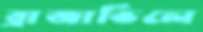
ব্রাজাভিলে